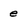
Character: e